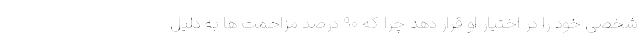
شخصی خود را در اختیار او قرار دهد چرا که ۹۰ درصد مزاحمت ها به دلیل